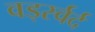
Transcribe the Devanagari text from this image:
वर्ड्स्वर्द